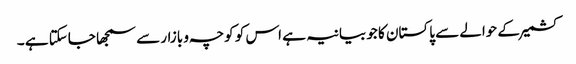
کشمیر کے حوالے سے پاکستان کا جو بیانیہ ہے اس کو کوچہ و بازار سے سمجھا جاسکتا ہے ۔